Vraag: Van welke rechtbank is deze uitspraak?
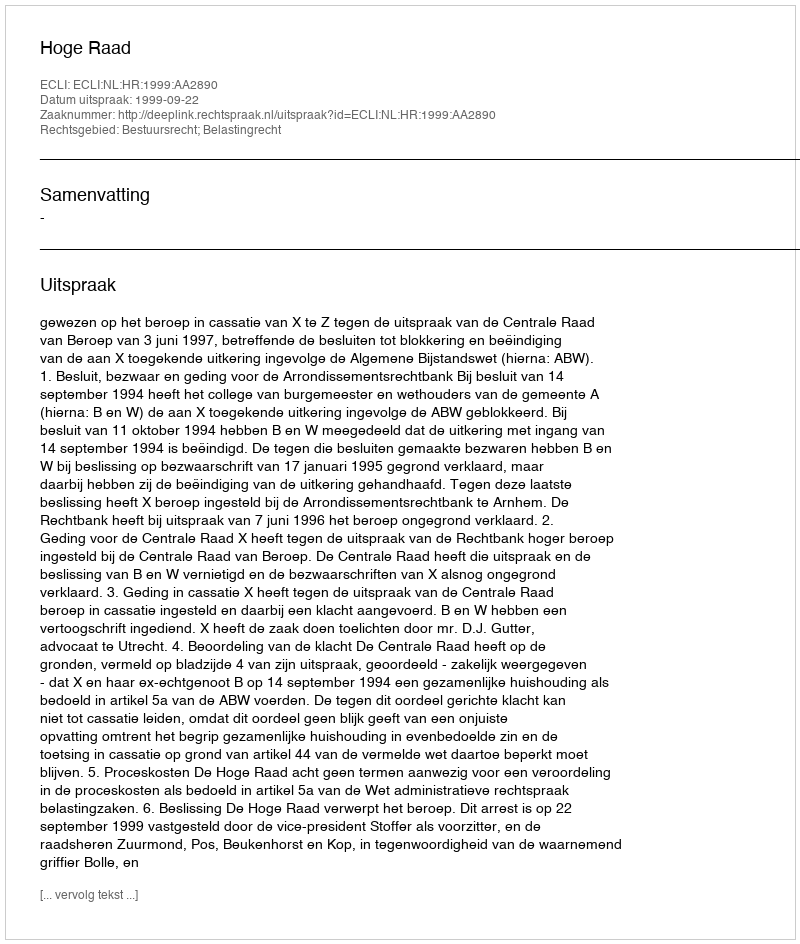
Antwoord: Hoge Raad